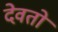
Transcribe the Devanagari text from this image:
देवतों